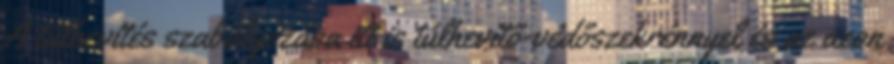
A túlhevítés szabályozása itt is túlhevítő-védőszekrénnyel és az azon